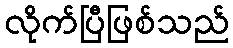
လိုက်ပြီဖြစ်သည်